Lunatic asylums Punjab 1868-1880 - 1868-1880
Year: 1868
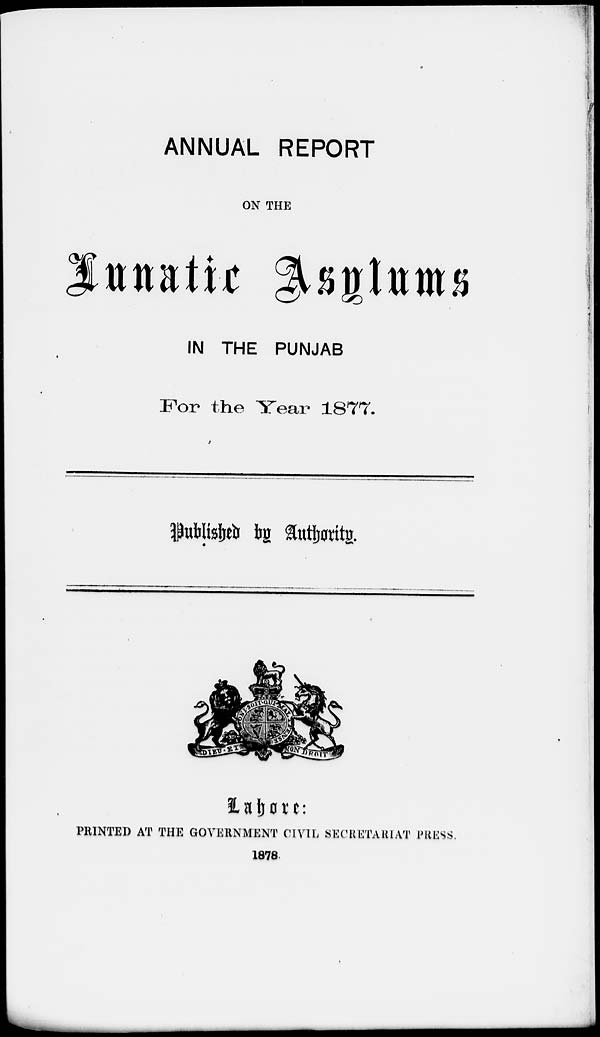
ANNUAL REPORT
ON THE
Lunatic Asylums
IN THE PUNJAB
For the Year 1877.
Published by Authority.
Lahore:
PRINTED AT THE GOVERNMENT CIVIL SECRETARIAT PRESS.
1878.